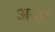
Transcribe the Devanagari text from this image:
अनघ